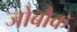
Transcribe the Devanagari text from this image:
जोबौक